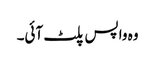
وہ واپس پلٹ آئی۔